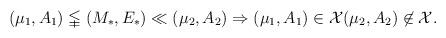
LaTeX: \begin{align*} \begin{aligned} & (\mu _1, A_1) \lvertneqq (M_*,E_*) \ll (\mu _2, A_2)\Rightarrow (\mu _1, A_1) \in \mathcal{X} (\mu _2, A_2) \not\in \mathcal{X} . \end{aligned}\end{align*}